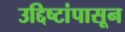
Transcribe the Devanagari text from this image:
उद्दिष्टांपासून